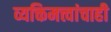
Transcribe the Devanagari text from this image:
व्यक्तिमत्त्वांचाही